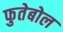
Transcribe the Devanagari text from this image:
फुतेबोल